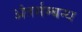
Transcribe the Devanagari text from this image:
अंतर्सम्बन्ध